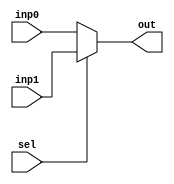
module Mux2to1_32 (inp0, inp1, sel, out);
input [31:0] inp0;
input [31:0] inp1;
input sel;
output [31:0] out;

	assign out = sel? inp1: inp0;

endmodule